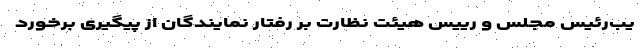
یب‌رئیس مجلس و رییس هیئت نظارت بر رفتار نمایندگان از پیگیری برخورد